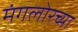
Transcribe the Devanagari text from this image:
मंगलोरच्या